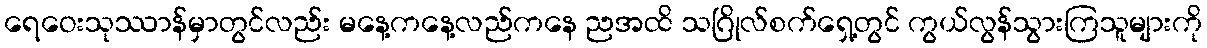
ရေဝေးသုဿာန်မှာတွင်လည်း မနေ့ကနေ့လည်ကနေ ညအထိ သဂြိုလ်စက်ရှေ့တွင် ကွယ်လွန်သွားကြသူများကို